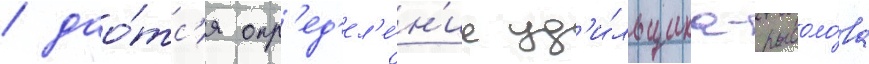
/ дао́тс'я опр'ед'ел'е́н'ие уд'и́льщика-рыболо́ва